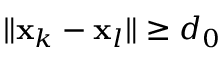
\| \mathbf { x } _ { k } - \mathbf { x } _ { l } \| \geq d _ { 0 }